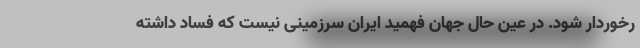
رخوردار شود. در عین حال جهان فهمید ایران سرزمینی نیست که فساد داشته